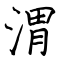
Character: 渭